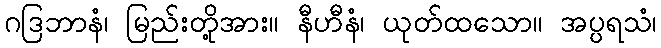
ဂဒြဘာနံ၊ မြည်းတို့အား။ နီဟီနံ၊ ယုတ်ထသော။ အပ္ပရသံ၊